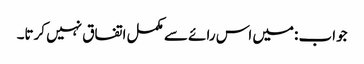
جواب :میں اس رائے سے مکمل اتفاق نہیں کرتا۔